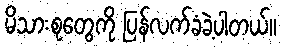
မိသားစုတွေကို ပြန်လက်ခံခဲ့ပါတယ်။